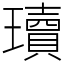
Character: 瓄